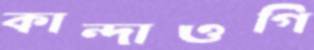
কান্দাওগি